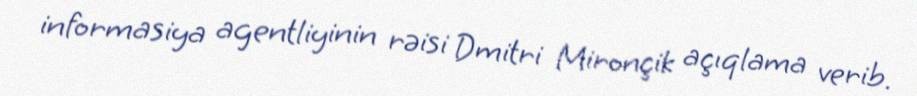
informasiya agentliyinin rəisi Dmitri Mironçik açıqlama verib.